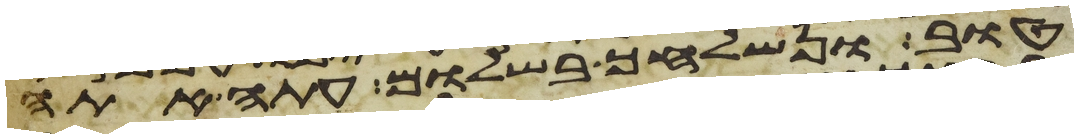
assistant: טוב ונשלחך בשלום עתה אתה